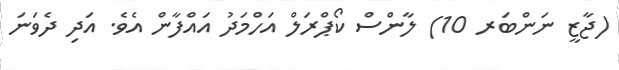
(ޖާޒީ ނަންބަރ 10) ލާންސް ކޯޕްރަލް އަހްމަދު އައްފާން އެވެ. އަދި ދެވަނަ